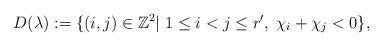
LaTeX: \begin{align*}D(\lambda) := \{ (i,j) \in \mathbb{Z}^2|\ 1\leq i < j\leq r',\; \chi_i + \chi_j < 0\}, \end{align*}